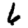
Digit: 6